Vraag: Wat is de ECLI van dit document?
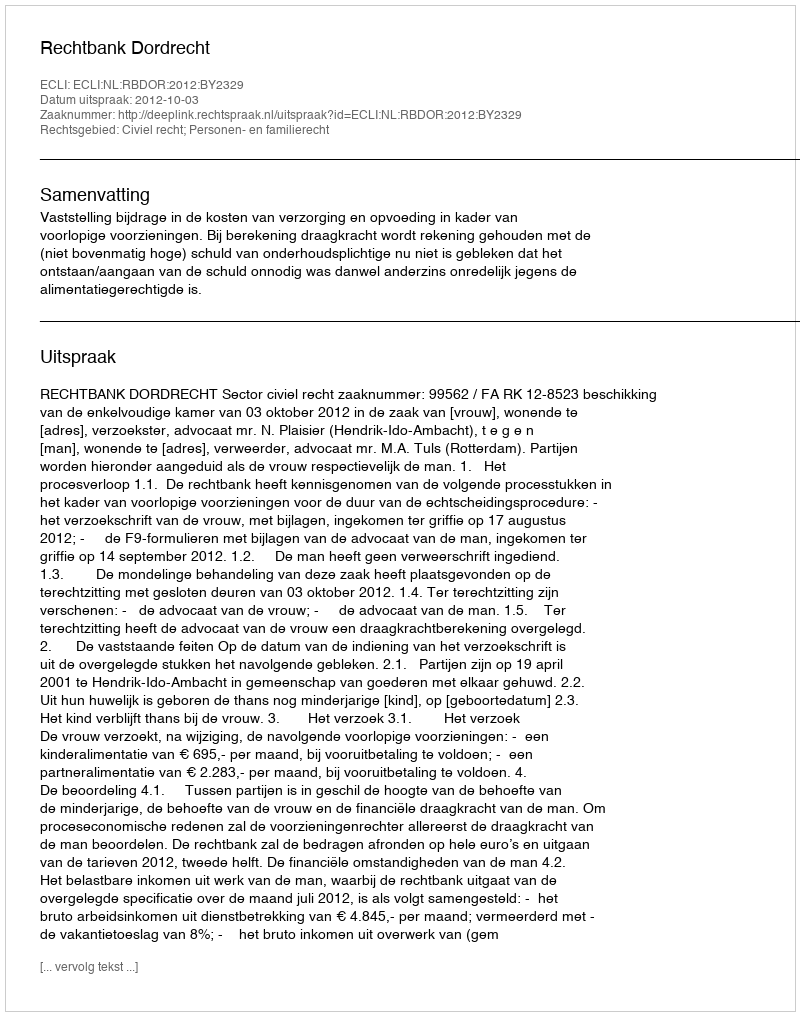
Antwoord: ECLI:NL:RBDOR:2012:BY2329